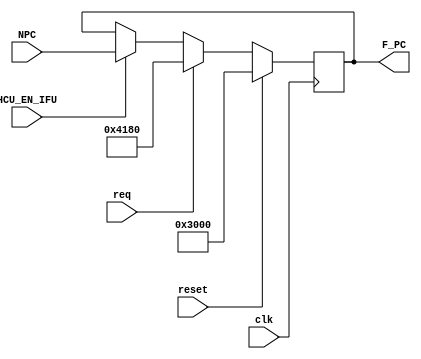
`timescale 1ns / 1ps
//-----------------------------------------------------------------------------------


//----------------------------------------------------------------------------
module F_IFU(
    input clk,
    input reset,
    input req,
    input HCU_EN_IFU,
    input [31:0] NPC,
    output reg [31:0] F_PC
    );
//-------------------------------------------------------------------------------------    


//PC-----------------------------------------------------------------------------
    initial begin
        F_PC = 32'H0000_3000;
    end
//---------------------------------------------------------------------------------------


//PC-------------------------------------------------------------------------------------
    always @(posedge clk) begin
        if (reset) begin
            F_PC <= 32'H0000_3000;
        end
        else begin
            if (req) begin
                F_PC <= 32'H0000_4180;
            end
            else if (HCU_EN_IFU) begin
                F_PC <= NPC;        
            end
        end
    end
//-----------------------------------------------------------------------------------------

endmodule